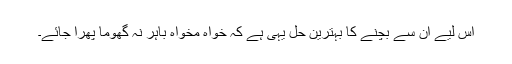
اس لیے ان سے بچنے کا بہترین حل یہی ہے کہ خواہ مخواہ باہر نہ گھوما پھرا جائے۔